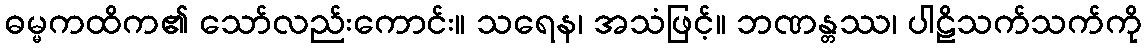
ဓမ္မကထိက၏ သော်လည်းကောင်း။ သရေန၊ အသံဖြင့်။ ဘဏန္တဿ၊ ပါဠိသက်သက်ကို